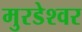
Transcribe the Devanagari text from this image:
मुरडेश्वर